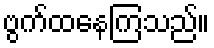
ဗွက်ထနေကြသည်။